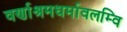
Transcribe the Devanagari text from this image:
वर्णाश्रमधर्मावलम्वि